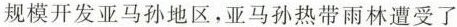
规模开发亚马孙地区，亚马孙热带雨林遭受了